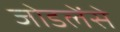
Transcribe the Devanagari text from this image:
जोडलेंसे